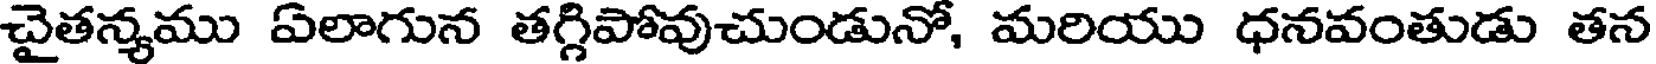
చైతన్యము ఏలాగున తగ్గిపోవుచుండునో, మరియు ధనవంతుడు తన